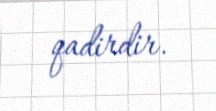
qadirdir.